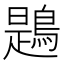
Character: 鶗